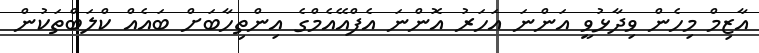
އާޒިމް މިހެން ވިދާޅުވީ އަންނަ އަހަރު އޮންނަ އެފްއޭއެމްގެ އިންތިހާބަށް ބައެއް ކްލަބްތަކުން